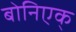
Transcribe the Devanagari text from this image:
बोनिएक्